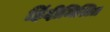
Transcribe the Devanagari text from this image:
हिंदीमिश्रित